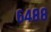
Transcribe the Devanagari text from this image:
६४८८